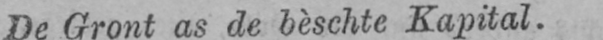
De Gront as de bèschte Kapital.